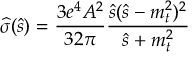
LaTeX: \widehat { \sigma } ( \widehat { s } ) = \frac { 3 e ^ { 4 } A ^ { 2 } } { 3 2 \pi } \frac { \widehat { s } ( \widehat { s } - m _ { t } ^ { 2 } ) ^ { 2 } } { \widehat { s } + m _ { t } ^ { 2 } }